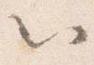
以